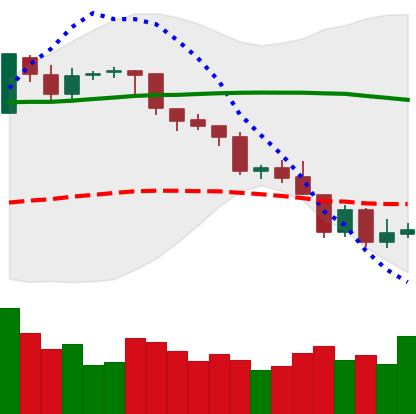
Ticker: BTC-USD
Chart end date: 2018-08-12
Forward return: 4.08%
Label: up_3_5